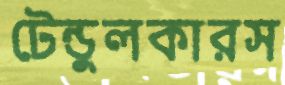
টেন্ডুলকারস